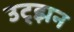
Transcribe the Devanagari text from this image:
उट्झन